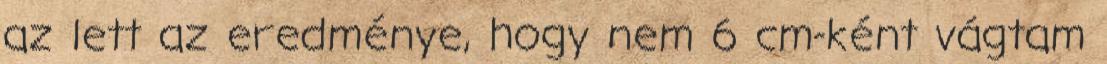
az lett az eredménye, hogy nem 6 cm-ként vágtam